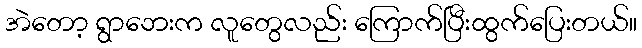
အဲတော့ ရွာဘေးက လူတွေလည်း ကြောက်ပြီးထွက်ပြေးတယ်။